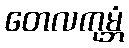
တေလကုမ္ဘံ